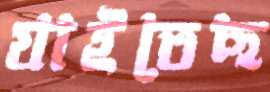
যাইতেছ